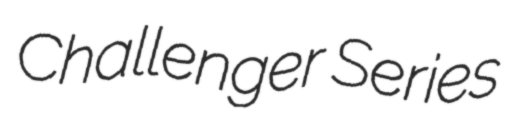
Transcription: Challenger Series